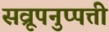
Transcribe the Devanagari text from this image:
सव्रूपनुप्पत्ती